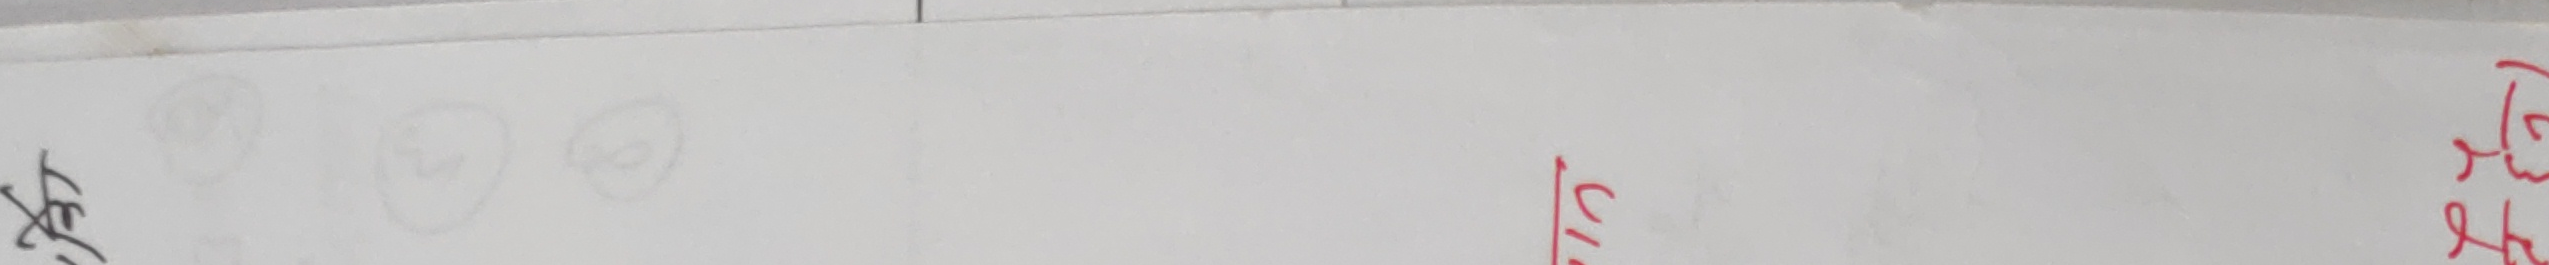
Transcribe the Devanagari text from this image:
र हो